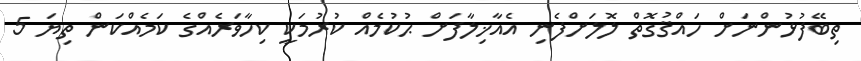
ތިބޭފުޅުންނަށް ހައްޤުގޮތް ލޮލަށްފެނި އެއާޚިލާފަށް ޙުކުމެއް ކުރުމަކީ ކިހާވަރެއްގެ ކަމެއްކަން ތިޔަ 5